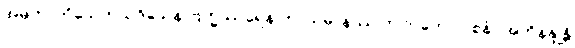
အမတာဘိသေကသဒိသေန ဗြဟ္မဿရေန ဘာသမာနဿ ဘဂဝတော ဝစနံ။ အဘိနန္ဒုန္တိ